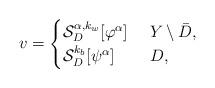
LaTeX: \begin{align*} v =\begin{cases}\mathcal{S}_{D}^{\alpha,k_w} [\varphi^\alpha]& ~ Y \setminus \bar{D},\\ \mathcal{S}_{D}^{k_b} [\psi^\alpha] & ~ {D},\end{cases}\end{align*}